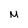
Character: m